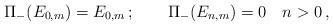
LaTeX: \begin{align*}\Pi_- (E_{0,m})=E_{0,m}\,;\qquad\Pi_- (E_{n,m})=0\quad n>0\,,\end{align*}